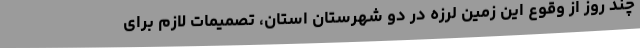
چند روز از وقوع این زمین لرزه در دو شهرستان استان، تصمیمات لازم برای